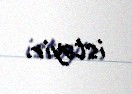
istəyir.